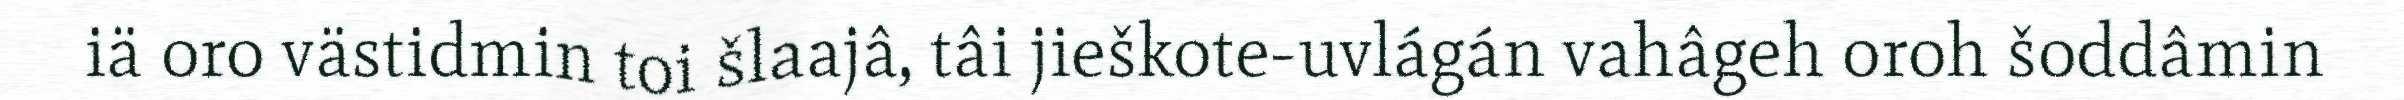
iä oro västidmin toi šlaajâ, tâi jieškote-uvlágán vahâgeh oroh šoddâmin